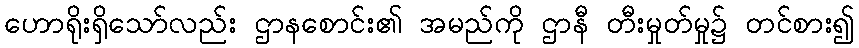
ဟောရိုးရှိသော်လည်း ဌာနစောင်း၏ အမည်ကို ဌာနီ တီးမှုတ်မှု၌ တင်စား၍